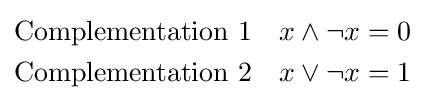
{\begin{aligned}&{\text{Complementation 1}}&x\wedge \neg x&=0\\&{\text{Complementation 2}}&x\vee \neg x&=1\end{aligned}}